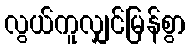
လွယ်ကူလျှင်မြန်စွာ